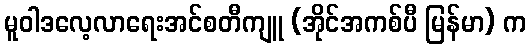
မူဝါဒလေ့လာရေးအင်စတီကျူ (အိုင်အကစ်ပီ မြန်မာ) က